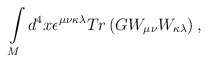
\begin{align*}\int\limits_{M}d^{4}x\epsilon^{\mu\nu\kappa\lambda}Tr\left( GW_{\mu\nu}W_{\kappa\lambda}\right) ,\end{align*}